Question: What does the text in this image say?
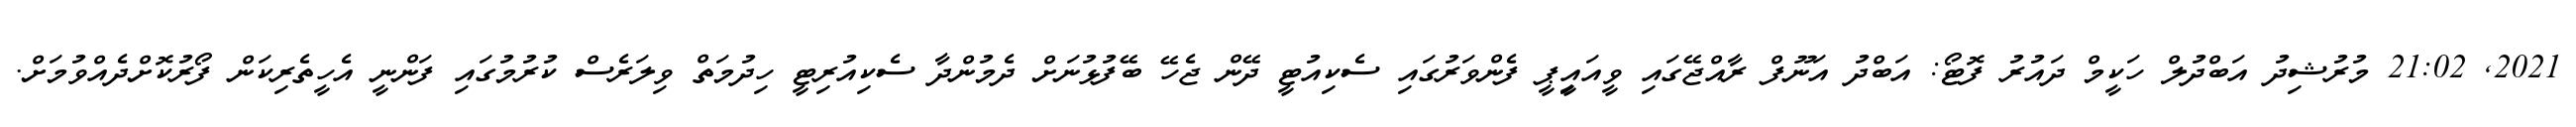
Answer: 2021, 21:02 މުރުޝިދު އަބްދުލް ހަކީމް ދައުރު ފޮޓޯ: އަބްދު އަނޫފް ރާއްޖޭގައި ވީއައިީޕީ ފެންވަރުގައި ސެކިއުޓީ ދޭން ޖެހޭ ބޭފުޅުނަށް ދެމުންދާ ސެކިއުރިޓީ ހިދުމަތް ވިލަރެސް ކުރުމުގައި ފަންނީ އެހީތެރިކަން ފޯރުކޮށްދެއްވުމަށް.